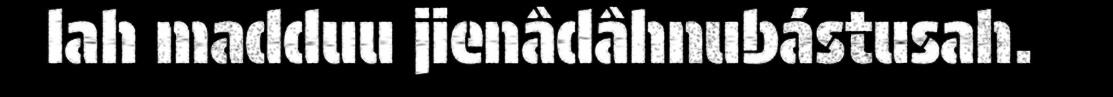
lah madduu jienâdâhnubástusah.